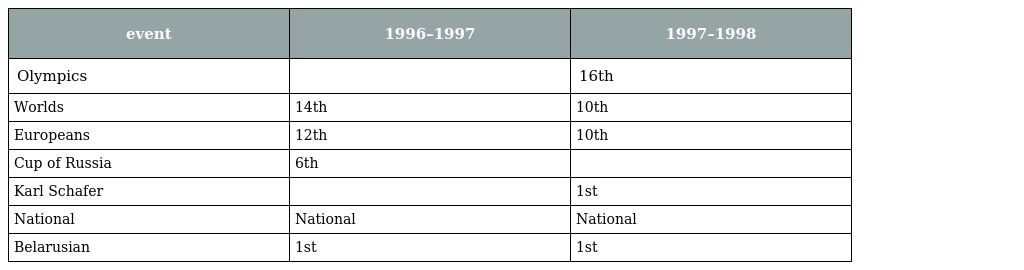
| event | 1996–1997 | 1997–1998 |
 | --- | --- | --- |
 | Olympics |  | 16th |
 | Worlds | 14th | 10th |
 | Europeans | 12th | 10th |
 | Cup of Russia | 6th |  |
 | Karl Schafer |  | 1st |
 | National | National | National |
 | Belarusian | 1st | 1st |